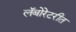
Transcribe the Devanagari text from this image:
लॅबोरेटरीत